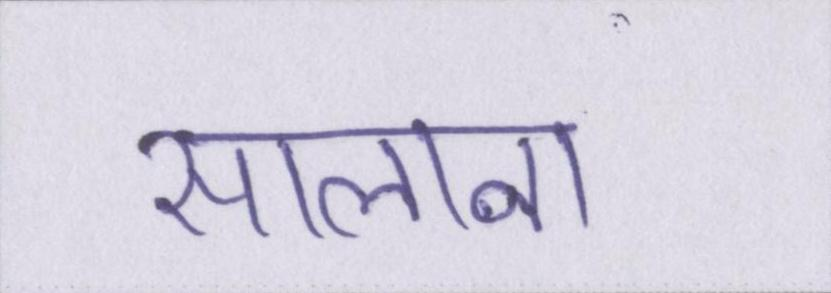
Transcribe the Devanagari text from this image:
सालाना